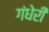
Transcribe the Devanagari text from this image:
गंधेरी